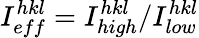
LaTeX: I_{eff}^{hkl}=I_{high}^{hkl}/I_{low}^{hkl}